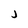
Character: j